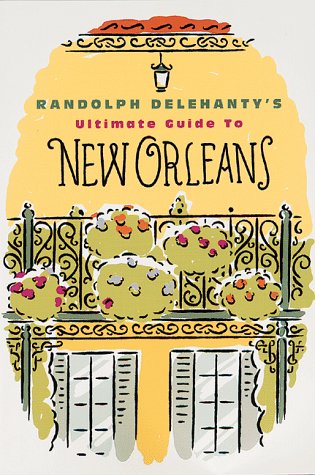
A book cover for Randolph Delehanty's Ultimate Guide to New Orleans; Randolph Delehanty; Travel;